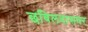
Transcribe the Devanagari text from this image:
छबिलदासवर